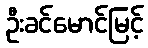
ဦးခင်မောင်မြင့်